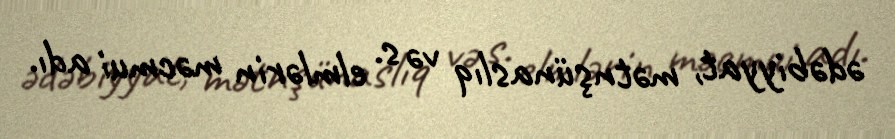
ədəbiyyat, mətnşünaslıq və s. elmlərin məcmui adı.